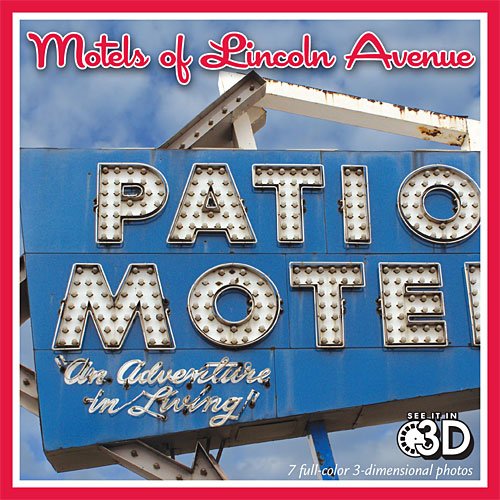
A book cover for Motels of Lincoln Avenue (View-Master reel); Matt Bergstrom; Travel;